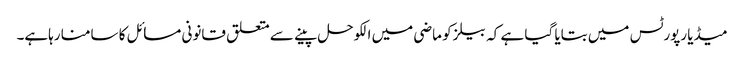
میڈیا رپورٹس میں بتایا گیا ہے کہ بیلز کو ماضی میں الکوحل پینے سے متعلق قانونی مسائل کا سامنا رہاہے۔